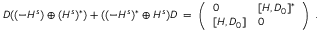
\begin{array} { r } { D ( ( - H ^ { s } ) \oplus ( H ^ { s } ) ^ { * } ) + ( ( - H ^ { s } ) ^ { * } \oplus H ^ { s } ) D \; = \; \left( \begin{array} { l l } { 0 } & { [ H , D _ { 0 } ] ^ { * } } \\ { { } [ H , D _ { 0 } ] } & { 0 } \end{array} \right) \; . } \end{array}